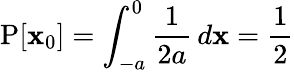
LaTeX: \operatorname{P}[\mathbf{x}_{0}]=\int_{-a}^{0}{\frac{{1}}{{2a}}}\, d\mathbf{x}={\frac{{1}}{{2}}}